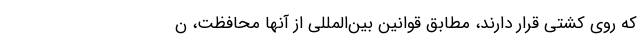
که روی کشتی قرار دارند، مطابق قوانین بین‌المللی از آنها محافظت، ن